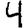
Digit: 4